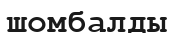
шомбалды